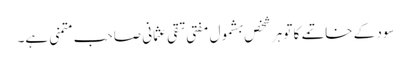
سود کے خاتمے کا تو ہر شخص بشمول مفتی تقی عثمانی صاحب متمنی ہے۔